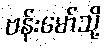
ဗန်းမော်သို့